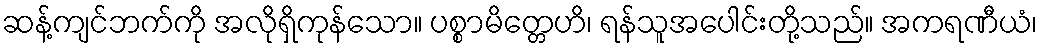
ဆန့်ကျင်ဘက်ကို အလိုရှိကုန်သော။ ပစ္စာမိတ္တေဟိ၊ ရန်သူအပေါင်းတို့သည်။ အကရဏီယံ၊